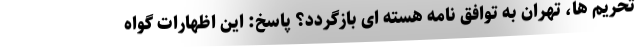
تحریم ها، تهران به توافق نامه هسته ای بازگردد؟ پاسخ: این اظهارات گواه